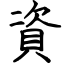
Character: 資